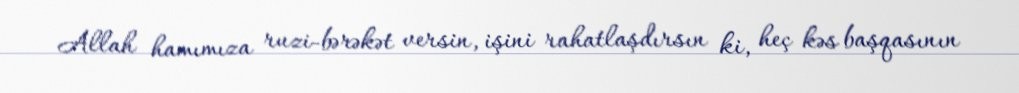
Allah hamımıza ruzi-bərəkət versin, işini rahatlaşdırsın ki, heç kəs başqasının